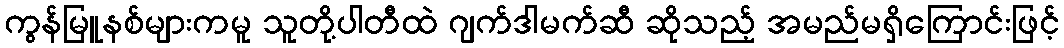
ကွန်မြူနစ်များကမူ သူတို့ပါတီထဲ ဂျက်ဒါမက်ဆီ ဆိုသည့် အမည်မရှိကြောင်းဖြင့်